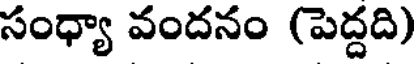
సంధ్యా వందనం (పెద్దది)